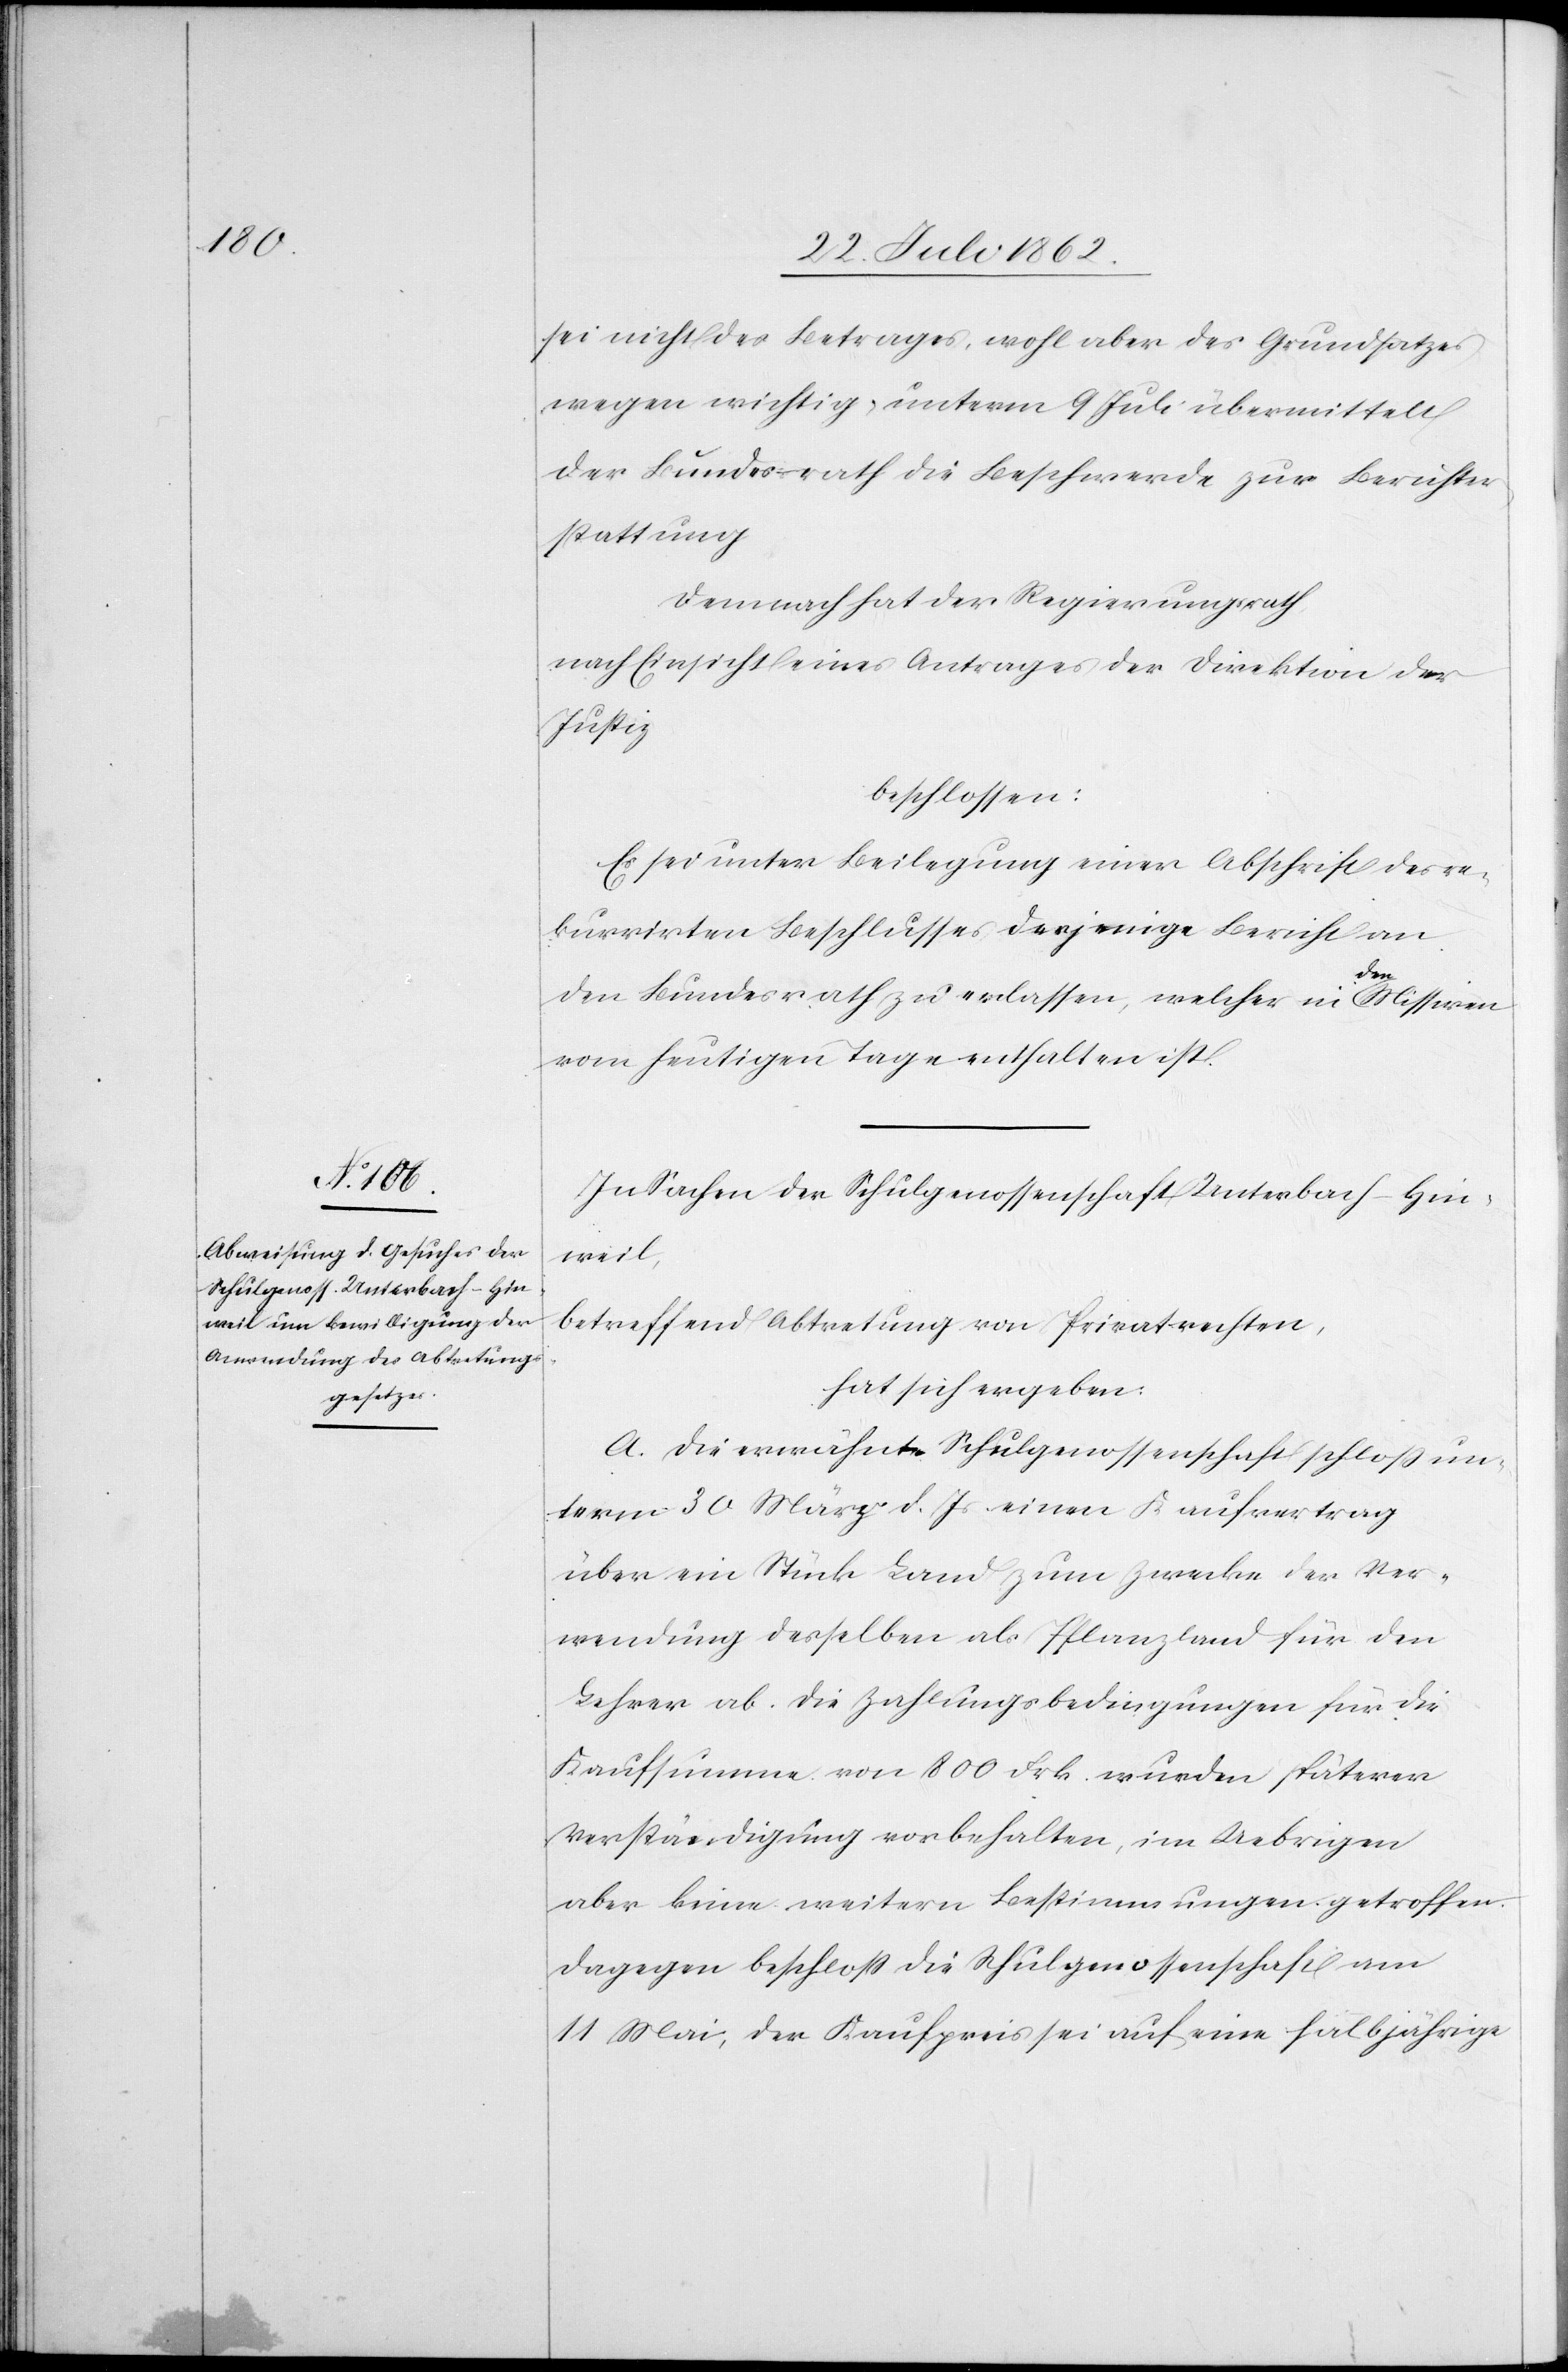
sei nicht des Betrages, wohl aber des Grundsatzes
wegen wichtig, unterm 9. Juli übermittelt
der Bundesrath die Beschwerde zur Berichter¬
stattung.
Demnach hat der Regierungsrath,
nach Einsicht eines Antrages der Direktion der
Justiz
beschlossen:
Es sei unter Beilegung einer Abschrift des re¬
kurrirten Beschlusses, derjenige Bericht an
den Bundesrath zu erlassen, welcher in den Missiven
vom heutigen Tage enthalten ist.
In Sachen der Schulgenossenschaft Unterbach-Hin¬
weil,
betreffend Abtretung von Privatrechten,
hat sich ergeben:
A. Die erwähnte Schulgenossenschaft schloß un¬
term 30. März d. Js. einen Kaufvertrag
über ein Stück Land zum Zwecke der Ver¬
wendung desselben als Pflanzland für den
Lehrer ab. Die Zahlungsbedingungen für die
Kaufsumme von 800 Frk. wurden späterer
Verständigung vorbehalten, im Uebrigen
aber keine weitern Bestimmungen getroffen.
Dagegen beschloß die Schulgenossenschaft am
11. Mai, der Kaufpreis sei auf eine halbjährige